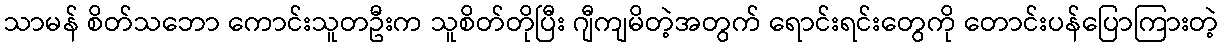
သာမန် စိတ်သဘော ကောင်းသူတဦးက သူစိတ်တိုပြီး ဂျီကျမိတဲ့အတွက် ရောင်းရင်းတွေကို တောင်းပန်ပြောကြားတဲ့